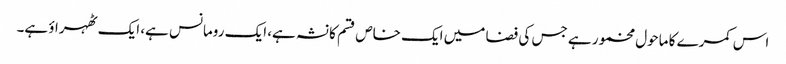
اس کمرے کا ماحول مخمور ہے جس کی فضا میں ایک خاص قسم کا نشہ ہے، ایک رومانس ہے، ایک ٹھہراؤ ہے۔